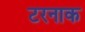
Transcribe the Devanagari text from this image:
टरनाक